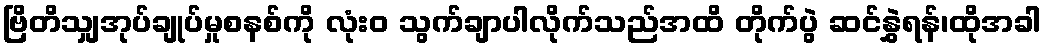
ဗြိတိသျှအုပ်ချုပ်မှုစနစ်ကို လုံးဝ သွက်ချာပါလိုက်သည်အထိ တိုက်ပွဲ ဆင်နွှဲရန်၊ထိုအခါ